Vaccination United Provinces of Agra and Oudh 1923-1928 - 1923-1928
Year: 1923
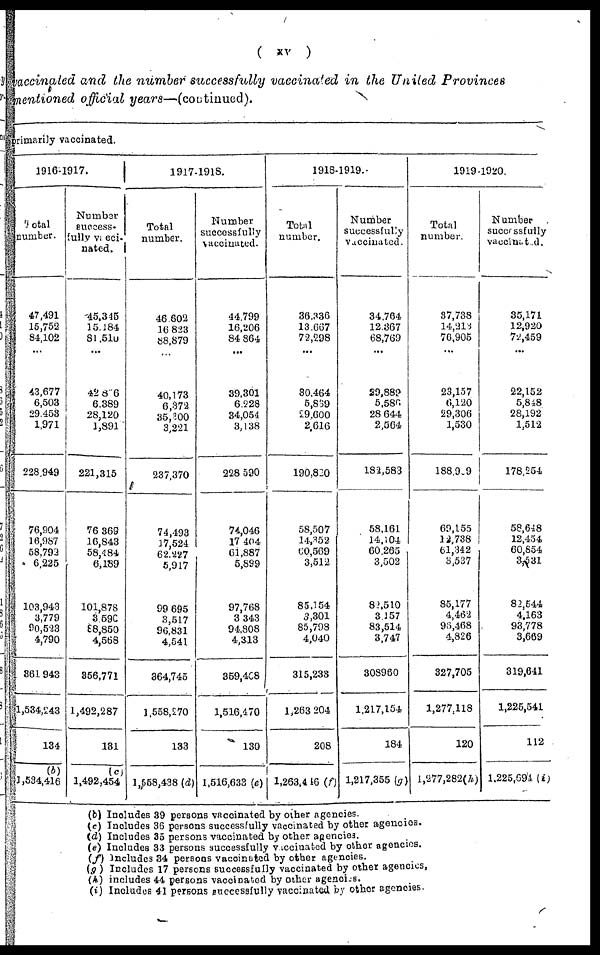
( xv )
vaccinated and the number successfully vaccinated in the United Provinces
mentioned official years—(continued).
rimarily vaccinated.
1916-1917.
Total
number.
47,491
15,752
84,102
...
43,677
6,503
29,453
1,971
228,949
76,904
16,987
58,792
6,225
103,943
3,779
90,523
4,790
361,943
1,534,243
134
(b)
1,534,416
Number
success-
fully vacci¬
nated.
45,345
15,184
81,510
...
42,866
6,389
28,120
1,891
221,315
76,369
16,843
58,484
6,189
101,878
3,590
88,850
4,568
356,771
1,492,287
131
(c)
1,492,454
1917-1918.
Total
number.
46,602
16,823
88,879
40,173
6,372
35,300
3,221
237,370
74,493
17,524
62,227
5,917
99,695
3,517
96,831
4,541
364,745
1,558,270
133
1,558,438 (d)
Number
successfully
vaccinated.
44,799
16,206
84,864
...
39,301
6,228
34,054
3,138
228,590
74,046
17,404
61,887
5,899
97,768
3,343
94,808
4,313
359,408
1,516,470
130
1,516,633 (e)
1918-1919.
Total
number.
36,336
13,667
72,298
...
30,464
5,839
29,600
2,616
190,820
58,507
14,352
60,569
3,512
85,154
3,301
85,798
4,040
315,233
1,263,204
208
1,263,446 (f)
Number
successfully
vaccinated.
34,764
12,367
68,769
...
29,882
5,586
28,644
2,564
182,583
58,161
14,104
60,265
3,502
82,510
3,157
83,514
3,747
308,960
1,217,154
184
1,217,355 (g)
1919-1920.
Total
number.
37,738
14,213
76,905
...
23,157
6,120
29,306
1,530
188,909
69,155
12,738
61,342
3,537
85,177
4,462
96,468
4,826
327,705
1,277,118
120
1,277,282(h)
Number
successfully
vaccinated.
35,171
12,920
72,459
...
22,152
5,848
28,192
1,512
178,254
58,648
12,454
60,854
3,531
82,544
4,163
93,778
3,669
319,641
1,225,541
112
1,225,694 (i)
(b) Includes 39 persons vaccinated by other agencies.
(c) Includes 36 persons successfully vaccinated by other agencies.
(d) Includes 35 persons vaccinated by other agencies.
(e) Includes 33 persons successfully vaccinated by other agencies.
(f) Includes 34 persons vaccinated by other agencies.
(g) Includes 17 persons successfully vaccinated by other agencies.
(h) includes 44 persons vaccinated by other agencies.
(i) Includes 41 persons successfully vaccinated by other agencies.